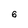
Character: 6